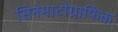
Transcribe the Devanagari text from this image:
सिनेमाटोग्राफिक